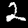
Digit: 2